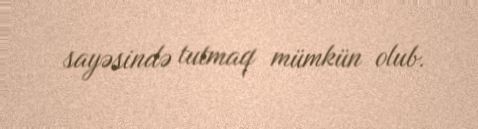
sayəsində tutmaq mümkün olub.